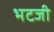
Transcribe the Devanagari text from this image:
भटजी